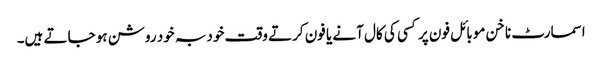
اسمارٹ ناخن موبائل فون پر کسی کی کال آنے یا فون کرتے وقت خود بہ خود روشن ہو جاتے ہیں۔